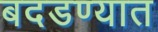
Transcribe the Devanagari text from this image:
बदडण्यात